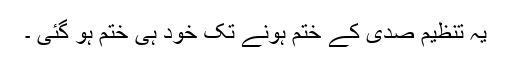
یہ تنظیم صدی کے ختم ہونے تک خود ہی ختم ہو گئی ۔